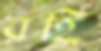
রহি